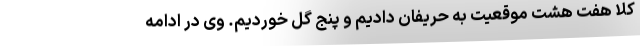
کلاً هفت هشت موقعیت به حریفان دادیم و پنج گل خوردیم. وی در ادامه